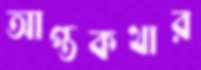
আপ্তকথার